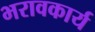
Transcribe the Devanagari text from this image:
भरावकार्य